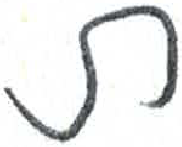
אות: ת